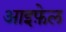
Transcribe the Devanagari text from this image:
आइफ़ेल